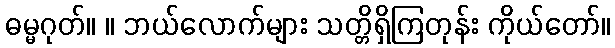
ဓမ္မဂုတ်။ ။ ဘယ်လောက်များ သတ္တိရှိကြတုန်း ကိုယ်တော်။